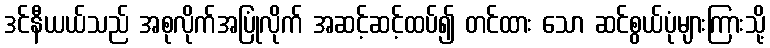
ဒင်နီယယ်သည် အစုလိုက်အပြုံလိုက် အဆင့်ဆင့်ထပ်၍ တင်ထား သော ဆင်စွယ်ပုံများကြားသို့